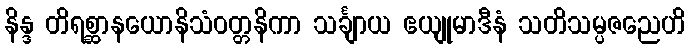
နိန္ဒ တိရစ္ဆာနယောနိသံဝတ္တနိကာ သင်္ချာယ ဧယျုမာဒီနံ သတိသမ္ပဇညေဟိ